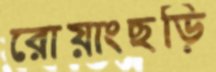
রোয়াংছড়ি